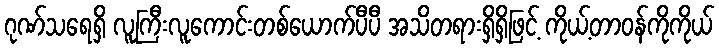
ဂုဏ်သရေရှိ လူကြီးလူကောင်းတစ်ယောက်ပီပီ အသိတရားရှိရှိဖြင့် ကိုယ့်တာဝန်ကိုကိုယ်